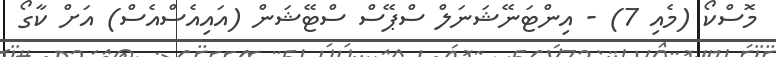
މޮސްކޯ (މެއި 7) - އިންޓަނޭޝަނަލް ސްޕޭސް ސްޓޭޝަން (އައިއެސްއެސް) އަށް ކާގޯ